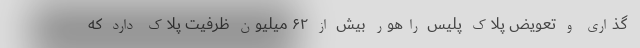
گذاری و تعویض پلاک پلیس راهور بیش از ۶۲ میلیون ظرفیت پلاک دارد که